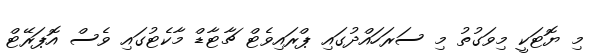
މި ޔޮޓަކީ މިވަގުތު މި ސަރަހައްދުގައި ޕްރައިވެޓް ޗާޓާޑް މާކެޓުގައި ވެސް އޮޕަރޭޓް